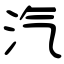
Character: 汽